Plague in India, 1896, 1897 - Volume 3
Year: 1896
Disease focus: Plague
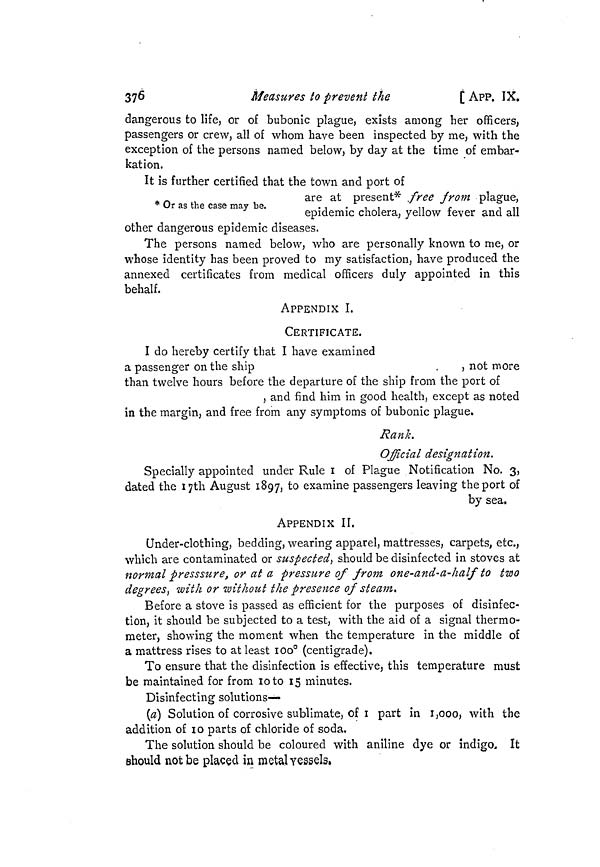
376
Measures to prevent the
[ APP. IX.
dangerous to life, or of bubonic plague, exists among her officers,
passengers or crew, all of whom have been inspected by me, with the
exception of the persons named below, by day at the time of embar-
kation.
* Or as the case may be.
It is further certified that the town and port of
are at present* free from plague,
epidemic cholera, yellow fever and all
other dangerous epidemic diseases.
The persons named below, who are personally known to me, or
whose identity has been proved to my satisfaction, have produced the
annexed certificates from medical officers duly appointed in this
behalf.
APPENDIX I.
CERTIFICATE.
I do hereby certify that I have examined
a passenger on the ship
.
, not more
than twelve hours before the departure of the ship from the port of
, and find him in good health, except as noted
in the margin, and free from any symptoms of bubonic plague.
Rank.
Official designation.
Specially appointed under Rule 1 of Plague Notification No. 3,
dated the 17th August 1897, to examine passengers leaving the port of
by sea.
APPENDIX II.
Under-clothing, bedding, wearing apparel, mattresses, carpets, etc.,
which are contaminated or suspected, should be disinfected in stoves at
normal presssure, or at a pressure of from one-and-a-half to two
degrees, with or without the presence of steam.
Before a stove is passed as efficient for the purposes of disinfec-
tion, it should be subjected to a test, with the aid of a signal thermo-
meter, showing the moment when the temperature in the middle of
a mattress rises to at least 100° (centigrade).
To ensure that the disinfection is effective, this temperature must
be maintained for from 10to 15 minutes.
Disinfecting solutions—
(a] Solution of corrosive sublimate, of 1 part in 1,000, with the
addition of 10 parts of chloride of soda.
The solution should be coloured with aniline dye or indigo. It
should not be placed in metal vessels.